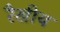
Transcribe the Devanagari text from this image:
रैखीय